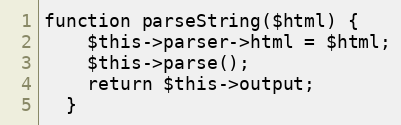
Language: PHP
function parseString($html) {
    $this->parser->html = $html;
    $this->parse();
    return $this->output;
  }